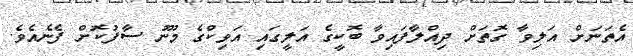
އެތަނަށް އަލިވާ ގޮތަށް ދިއްލާފައިވާ ބޮކީގެ އަލީގައި އަވިކްގެ މޫނު ސާފުކޮށް ފެނެއެވެ.